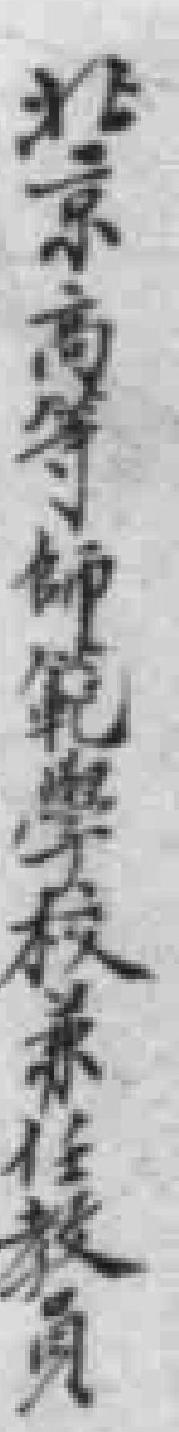
北京高等師範學校兼任教員